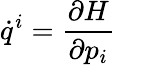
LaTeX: {\dot{q}}^{i}={\frac{\partial H}{\partial p_{i}}}\quad